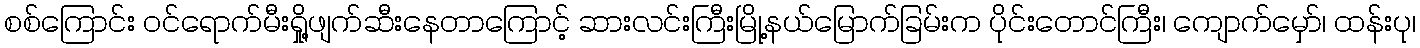
စစ်ကြောင်း ဝင်ရောက်မီးရှို့ဖျက်ဆီးနေတာကြောင့် ဆားလင်းကြီးမြို့နယ်မြောက်ခြမ်းက ပိုင်းတောင်ကြီး၊ ကျောက်မှော်၊ ထန်းပု၊